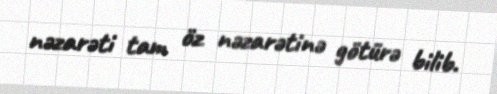
nəzarəti tam öz nəzarətinə götürə bilib.